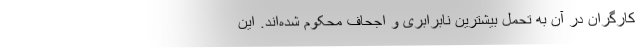
کارگران در آن به تحمل بیشترین نابرابری و اجحاف محکوم شده‌اند. این